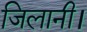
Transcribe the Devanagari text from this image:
जिलानी।